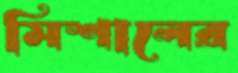
মিশালের